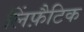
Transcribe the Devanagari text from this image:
लिंफ़ैटिक